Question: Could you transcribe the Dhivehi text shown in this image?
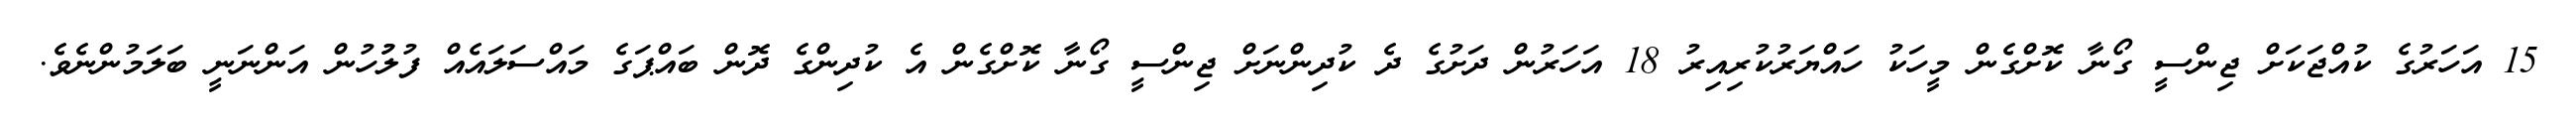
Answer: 15 އަހަރުގެ ކުއްޖަކަށް ޖިންސީ ގޯނާ ކޮށްގެން މީހަކު ހައްޔަރުކުރިއިރު 18 އަހަރުން ދަށުގެ ދެ ކުދިންނަށް ޖިންސީ ގޯނާ ކޮށްގެން އެ ކުދިންގެ ދޮން ބައްޕަގެ މައްސަލައެއް ފުލުުހުން އަންނަނީ ބަލަމުންނެވެ.